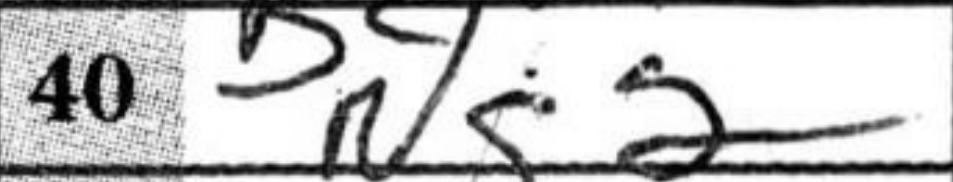
Transcription: Ng2